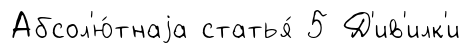
Абсол'ю́тнаjа статья́ 5 Д'ив'илк'и